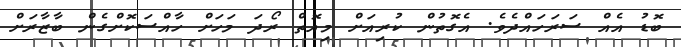
ބޮޑު އެއް ސަރަހައްދެވެ. އެގޮތުން ކުރިއަށް މިއޮތް ރޯދަ މަހަށް ހާއްސަކޮށްގެން ބާޒާރަށް